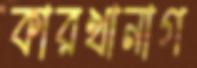
কারখানাগ